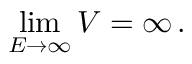
\operatorname * { l i m } _ { E \to \infty } V = \infty \, .